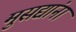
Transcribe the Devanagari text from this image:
मुसद्यांना